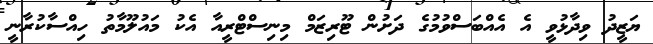
ޔަޒީދު ވިދާޅުވީ އެ އެއްބަސްވުމުގެ ދަށުން ޓޫރިޒަމް މިނިސްޓްރީއާ އެކު މައުލޫމާތު ހިއްސާކުރާނީ